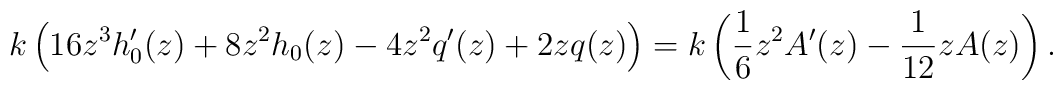
k\left(16z^3 h_0'(z)+ 8z^2h_0(z)-4z^2q'(z)+2zq(z)\right)=k\left(\frac{1}{6}z^2A'(z)-\frac{1}{12}zA(z)\right).